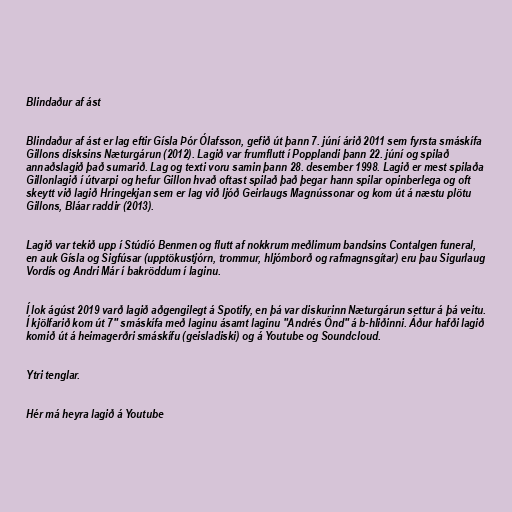
Blindaður af ást

Blindaður af ást er lag eftir Gísla Þór Ólafsson, gefið út þann 7. júní árið 2011 sem fyrsta smáskífa
Gillons disksins Næturgárun (2012). Lagið var frumflutt í Popplandi þann 22. júní og spilað
annaðslagið það sumarið. Lag og texti voru samin þann 28. desember 1998. Lagið er mest spilaða
Gillonlagið í útvarpi og hefur Gillon hvað oftast spilað það þegar hann spilar opinberlega og oft
skeytt við lagið Hringekjan sem er lag við ljóð Geirlaugs Magnússonar og kom út á næstu plötu
Gillons, Bláar raddir (2013).

Lagið var tekið upp í Stúdíó Benmen og flutt af nokkrum meðlimum bandsins Contalgen funeral,
en auk Gísla og Sigfúsar (upptökustjórn, trommur, hljómborð og rafmagnsgítar) eru þau Sigurlaug
Vordís og Andri Már í bakröddum í laginu.

Í lok ágúst 2019 varð lagið aðgengilegt á Spotify, en þá var diskurinn Næturgárun settur á þá veitu.
Í kjölfarið kom út 7" smáskífa með laginu ásamt laginu "Andrés Önd" á b-hliðinni. Áður hafði lagið
komið út á heimagerðri smáskífu (geisladiski) og á Youtube og Soundcloud.

Ytri tenglar.

Hér má heyra lagið á Youtube